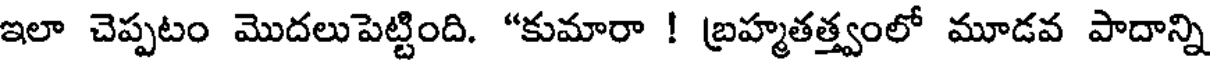
ఇలా చెప్పటం మొదలుపెట్టింది. "కుమారా ! బ్రహ్మతత్త్వంలో మూడవ పాదాన్ని